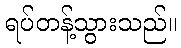
ရပ်တန့်သွားသည်။